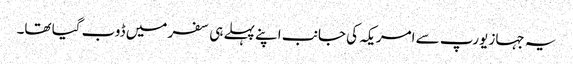
یہ جہاز یورپ سے امریکہ کی جانب اپنے پہلے ہی سفر میں ڈوب گیا تھا۔